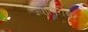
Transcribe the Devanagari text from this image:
ज्यातिरीश्वर